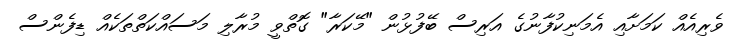
ވެރިއެއް ކަމަށާއި އެމަނިކުފާނުގެ އަރިސް ބޭފުޅުން "މޭކަރާ" ގޮތްވީ މުރާލި މަސައްކަތްތަކެއް ޑިފެންސް